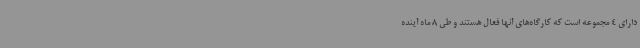
دارای 4 مجموعه است که کارگاه‌های آنها فعال هستند و طی 8 ماه آینده